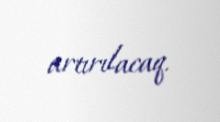
artırılacaq.